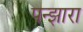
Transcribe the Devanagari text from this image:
पन्झारा